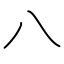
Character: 八